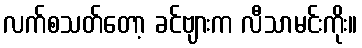
လက်စသတ်တော့ ခင်ဗျားက လီသာမင်းကိုး။